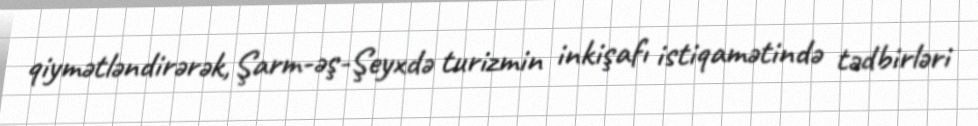
qiymətləndirərək, Şarm-əş-Şeyxdə turizmin inkişafı istiqamətində tədbirləri